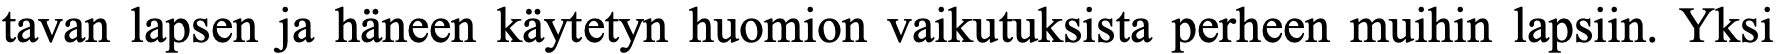
tavan lapsen ja häneen käytetyn huomion vaikutuksista perheen muihin lapsiin. Yksi